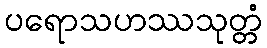
ပရောသဟဿသုတ္တံ